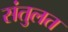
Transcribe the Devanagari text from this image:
संतुलत